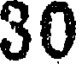
30